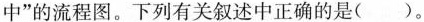
中”的流程图。下列有关叙述中正确的是（）。